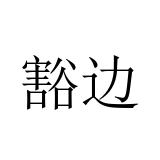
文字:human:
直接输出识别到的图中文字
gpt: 豁边